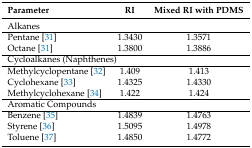
| Parameter | RI | Mixed RI with PDMS |
 | --- | --- | --- |
 | <COLSPAN=3> Alkanes |
 | Pentane [31] | 1.3430 | 1.3571 |
 | Octane [31] | 1.3800 | 1.3886 |
 | <COLSPAN=3> Cycloalkanes (Naphthenes) |
 | Methylcyclopentane [32] | 1.409 | 1.413 |
 | Cyclohexane [33] | 1.4325 | 1.4330 |
 | Methylcyclohexane [34] | 1.422 | 1.424 |
 | <COLSPAN=3> Aromatic Compounds |
 | Benzene [35] | 1.4839 | 1.4763 |
 | Styrene [36] | 1.5095 | 1.4978 |
 | Toluene [37] | 1.4850 | 1.4772 |